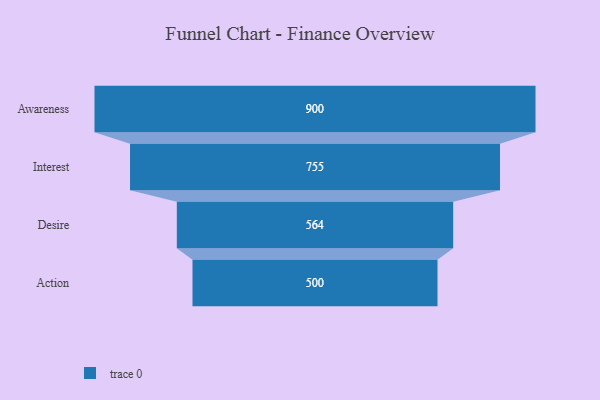
{"axis": {"x": "Stage", "y": "Value"}, "legend": [""], "data": [{"x": "Awareness", "y": 900.0, "type": ""}, {"x": "Interest", "y": 755.0, "type": ""}, {"x": "Desire", "y": 564.0, "type": ""}, {"x": "Action", "y": 500, "type": ""}]}